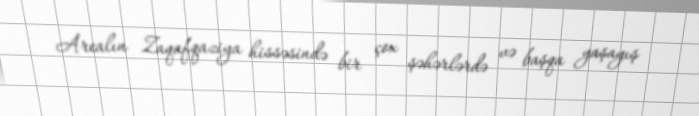
Arealın Zaqafqaziya hissəsində bir çox şəhərlərdə və başqa yaşayış